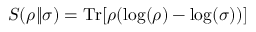
S ( \rho \| \sigma ) = \mathrm { T r } [ \rho ( \log ( \rho ) - \log ( \sigma ) ) ]